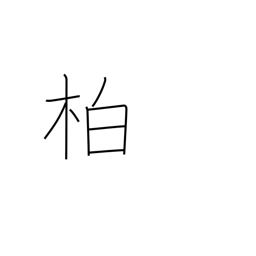
Meaning: cypress